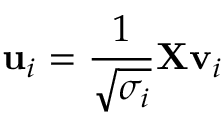
\mathbf { u } _ { i } = \frac { 1 } { \sqrt { \sigma _ { i } } } \mathbf { X } \mathbf { v } _ { i }